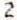
2